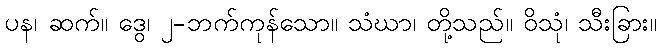
ပန၊ ဆက်။ ဒွေ၊ ၂-ဘက်ကုန်သော။ သံဃာ၊ တို့သည်။ ဝိသုံ၊ သီးခြား။